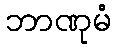
ဘာဏုမံ